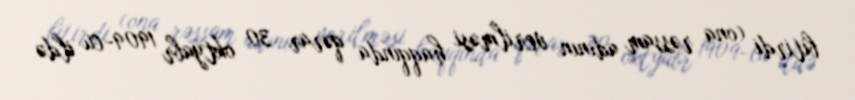
bitirdi (ona rəssam adının verilməsi haqqında qərar 30 oktyabr 1909-cu ildə